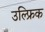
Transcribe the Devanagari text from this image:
उल्फ्रिक